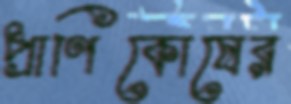
প্রাণিকোষের